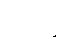
ဆုဒ္ဓေါ